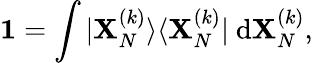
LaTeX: \mathbf{1}=\int|\mathbf{X}_{N}^{(k)}\rangle\langle\mathbf{X}_{N}^{(k)}|~\mathrm{d}\mathbf{X}_{N}^{(k)},